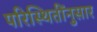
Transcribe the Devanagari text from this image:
परिस्थितींनुसार